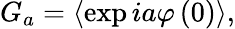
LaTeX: G_{a}=\left\langle\exp ia\varphi\left(0\right)\right\rangle,